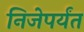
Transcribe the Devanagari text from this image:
निजेपर्यंत